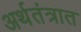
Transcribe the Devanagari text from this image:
अर्थतंत्रात